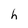
Character: h